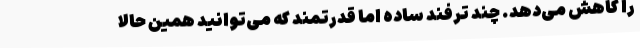
را کاهش می‌دهد. چند ترفند ساده اما قدرتمند که می‌توانید همین حالا